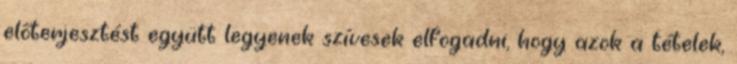
előterjesztést együtt legyenek szívesek elfogadni, hogy azok a tételek,